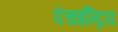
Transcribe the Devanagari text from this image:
पंचइन्द्रिय